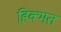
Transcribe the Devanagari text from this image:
हिक्मत